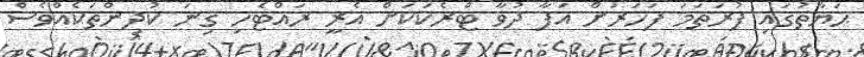
ޙަޔާތުގައި ފުރަތަމަ ފަހަރަށް އަފާ ދުވާ ޓްރެކަކަށް އެރީ ރައްޓެހި ގިނަ ކުދިންތަކެއްވެސް